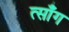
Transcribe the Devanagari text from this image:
त्साँग